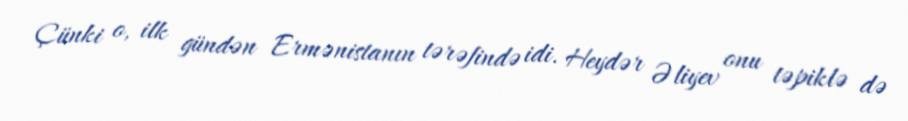
Çünki o, ilk gündən Ermənistanın tərəfində idi. Heydər Əliyev onu təpiklə də